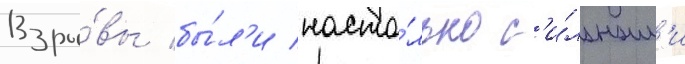
Взры́вы бы́л'и насто́лько с'и́льным'и